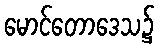
မောင်တောဒေသ၌